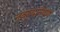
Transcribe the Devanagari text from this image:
नवर्‍यानेपण